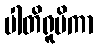
ပါတိရူပိကာ